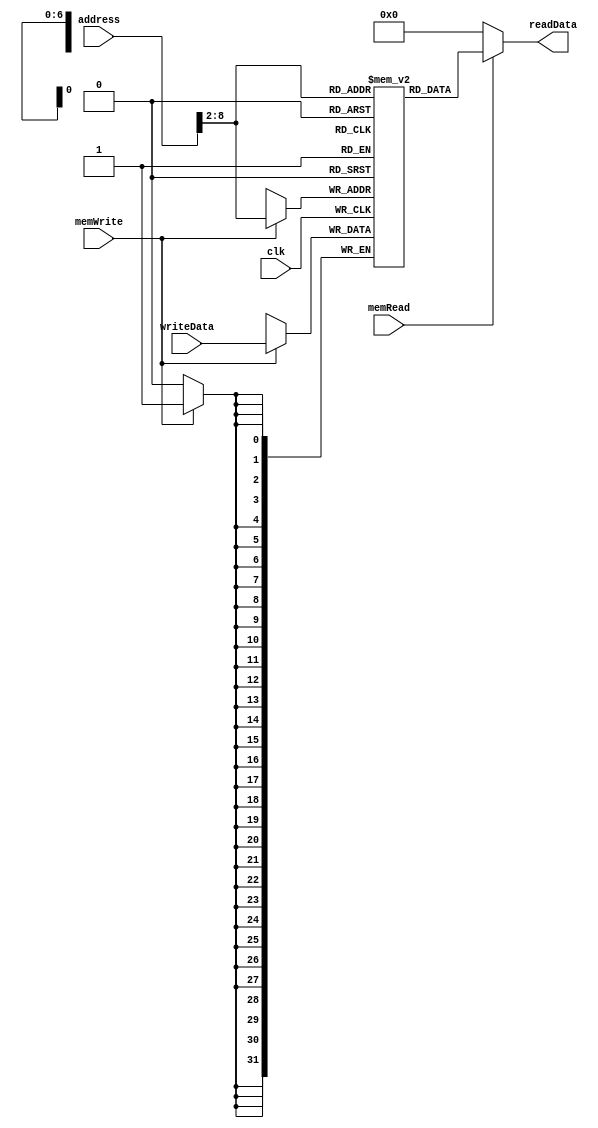
`ifndef MODULE_DATA_MEMORY
`define MODULE_DATA_MEMORY
module dataMemory (
	input 			clk,    
	input	[31:0]	address,
					writeData,
	input			memRead,
					memWrite,
	output	[31:0]	readData
	
);

	// numbers of memory the program wants
	parameter nums = 100;
	wire 	[31:0]	index;
	reg		[31:0]	memory [0:nums-1];
	integer 		i;

	assign index = address >> 2;
	
	initial begin
		for(i = 0; i < nums; i = i + 1)
			memory[i] = 32'b0;
	end

	always @(negedge clk ) begin
		if (memWrite == 1'b1) begin
			 memory[index] = writeData;
		end
	end

	assign readData = (memRead == 1'b1) ? memory[index]:32'b0; 
	

endmodule

`endif